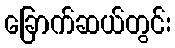
ခြောက်ဆယ်တွင်း